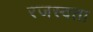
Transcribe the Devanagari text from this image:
रजस्वता